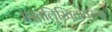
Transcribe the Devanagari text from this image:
हस्तलि्खितांवरून